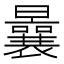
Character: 曩